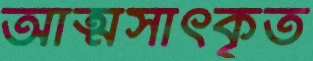
আত্মসাৎকৃত